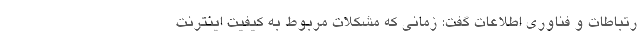
رتباطات و فناوری اطلاعات گفت: زمانی که مشکلات مربوط به کیفیت اینترنت